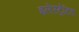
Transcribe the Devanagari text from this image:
इलेस्‍ट्रेटिड